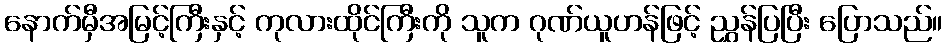
နောက်မှီအမြင့်ကြီးနှင့် ကုလားထိုင်ကြီးကို သူက ဂုဏ်ယူဟန်ဖြင့် ညွှန်ပြပြီး ပြောသည်။